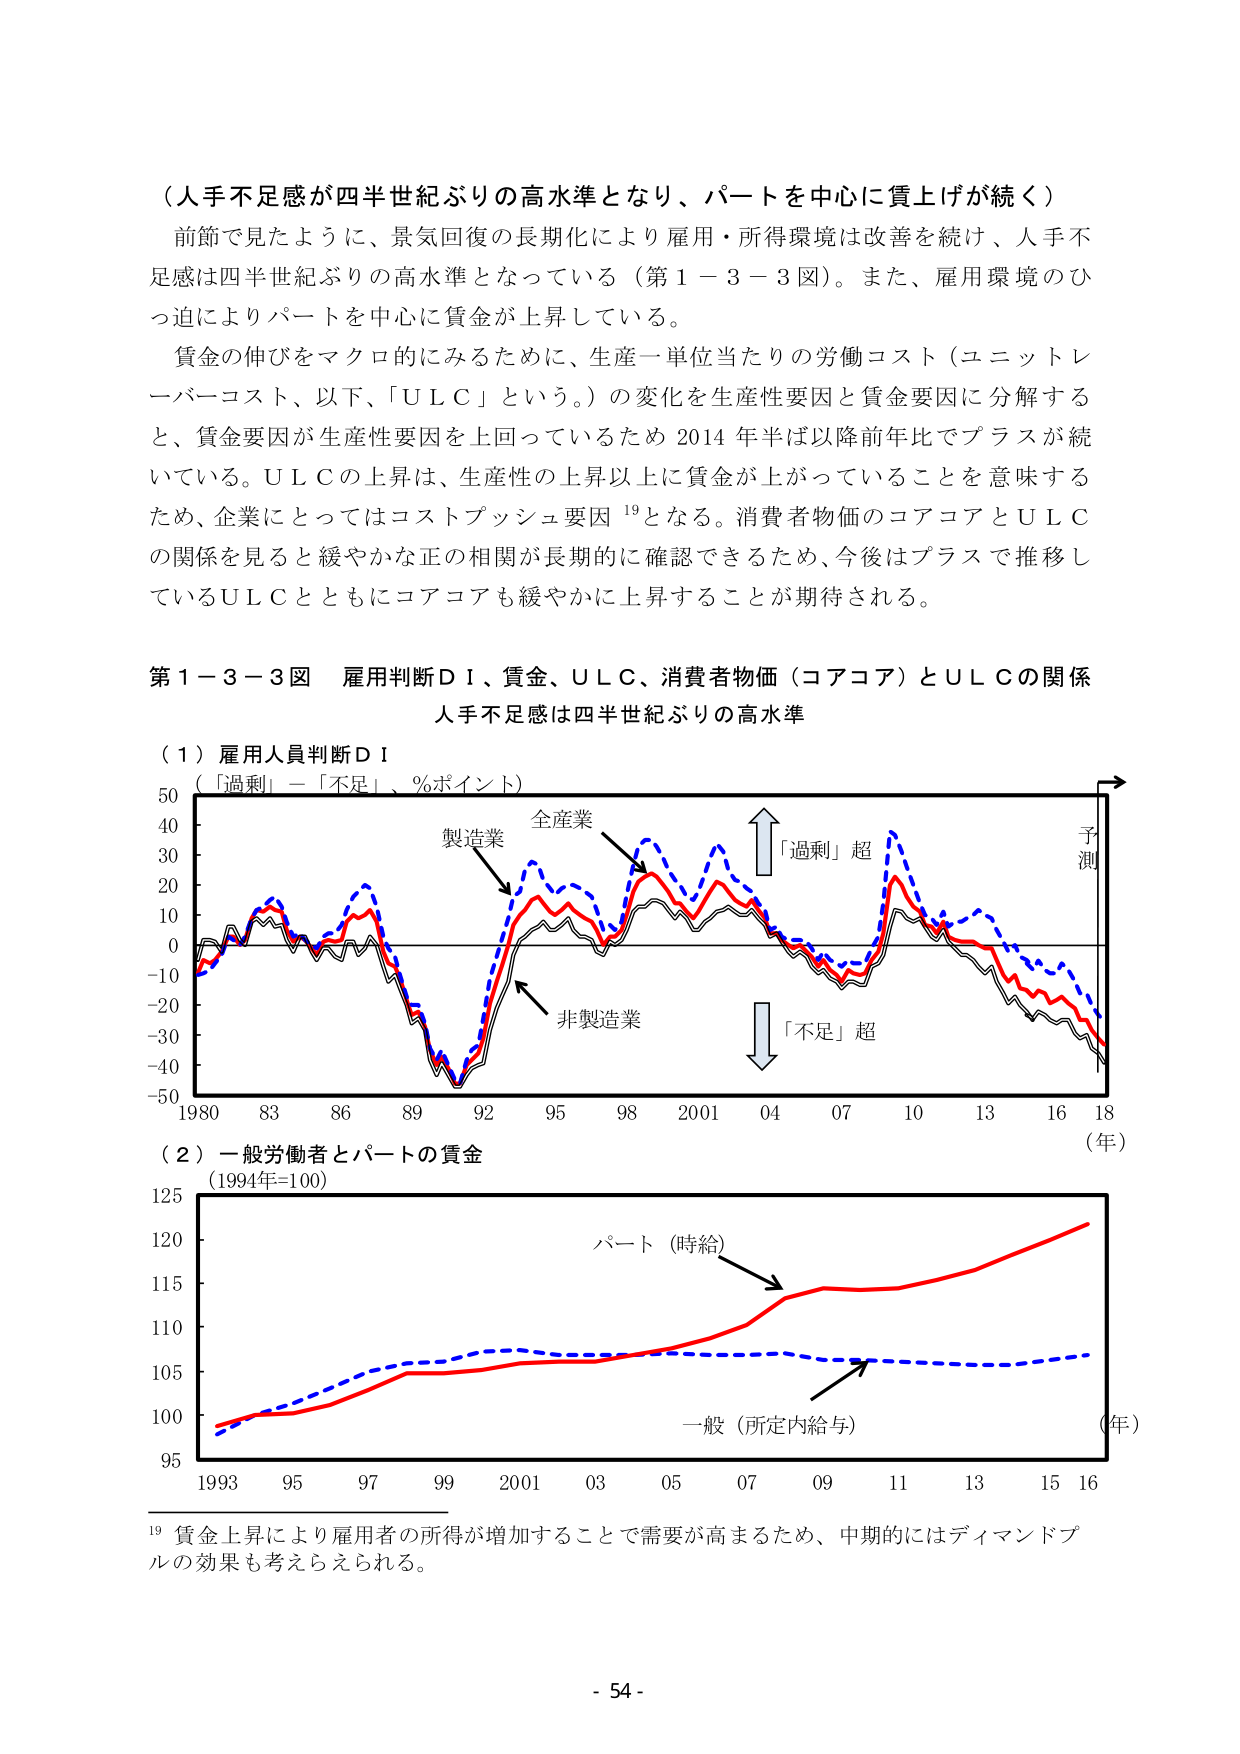
（人手不足感が四半世紀ぶりの高水準となり、パートを中心に賃上げが続く）

前節で見たように、景気回復の長期化により雇用・所得環境は改善を続け、人手不足感は四半世紀ぶりの高水準となっている（第１－３－３図）。また、雇用環境のひっ迫によりパートを中心に賃金が上昇している。

賃金の伸びをマクロ的にみるために、生産一単位当たりの労働コスト（ユニットレーバーコスト、以下、「ＵＬＣ」という。）の変化を生産性要因と賃金要因に分解すると、賃金要因が生産性要因を上回っているため 2014 年半ば以降前年比でプラスが続いている。ＵＬＣの上昇は、生産性の上昇以上に賃金が上がっていることを意味するため、企業にとってはコストプッシュ要因 19となる。消費者物価のコアコアとＵＬＣの関係を見ると緩やかな正の相関が長期的に確認できるため、今後はプラスで推移しているＵＬＣとともにコアコアも緩やかに上昇することが期待される。

第１－３－３図 雇用判断ＤＩ、賃金、ＵＬＣ、消費者物価（コアコア）とＵＬＣの関係
人手不足感は四半世紀ぶりの高水準

（１）雇用人員判断ＤＩ
（「過剰」－「不足」、％ポイント）

50
40
30
20
10
0
-10
-20
-30
-40
-50

1980 83 86 89 92 95 98 2001 04 07 10 13 16 18 （年）

製造業
全産業
非製造業
「過剰」超
「不足」超
予測

（２）一般労働者とパートの賃金
（1994年=100）

125
120
115
110
105
100
95

1993 95 97 99 2001 03 05 07 09 11 13 15 16 （年）

パート（時給）
一般（所定内給与）

19 賃金上昇により雇用者の所得が増加することで需要が高まるため、中期的にはディマンドプルの効果も考えらえられる。

- 54 -